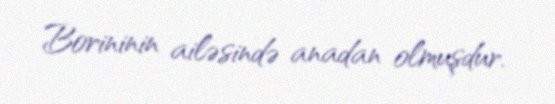
Borininin ailəsində anadan olmuşdur.